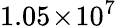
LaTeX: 1.05\! \times\! 10^{7}